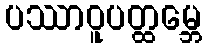
ပဿာဝူပတ္ထမ္ဘေ